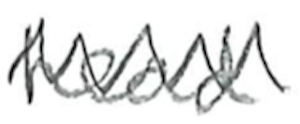
Text: head
Cross-out: zig-zag
Writing tool: pencil